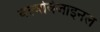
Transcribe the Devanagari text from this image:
वल्वोवेजाइनल